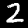
Label: 2